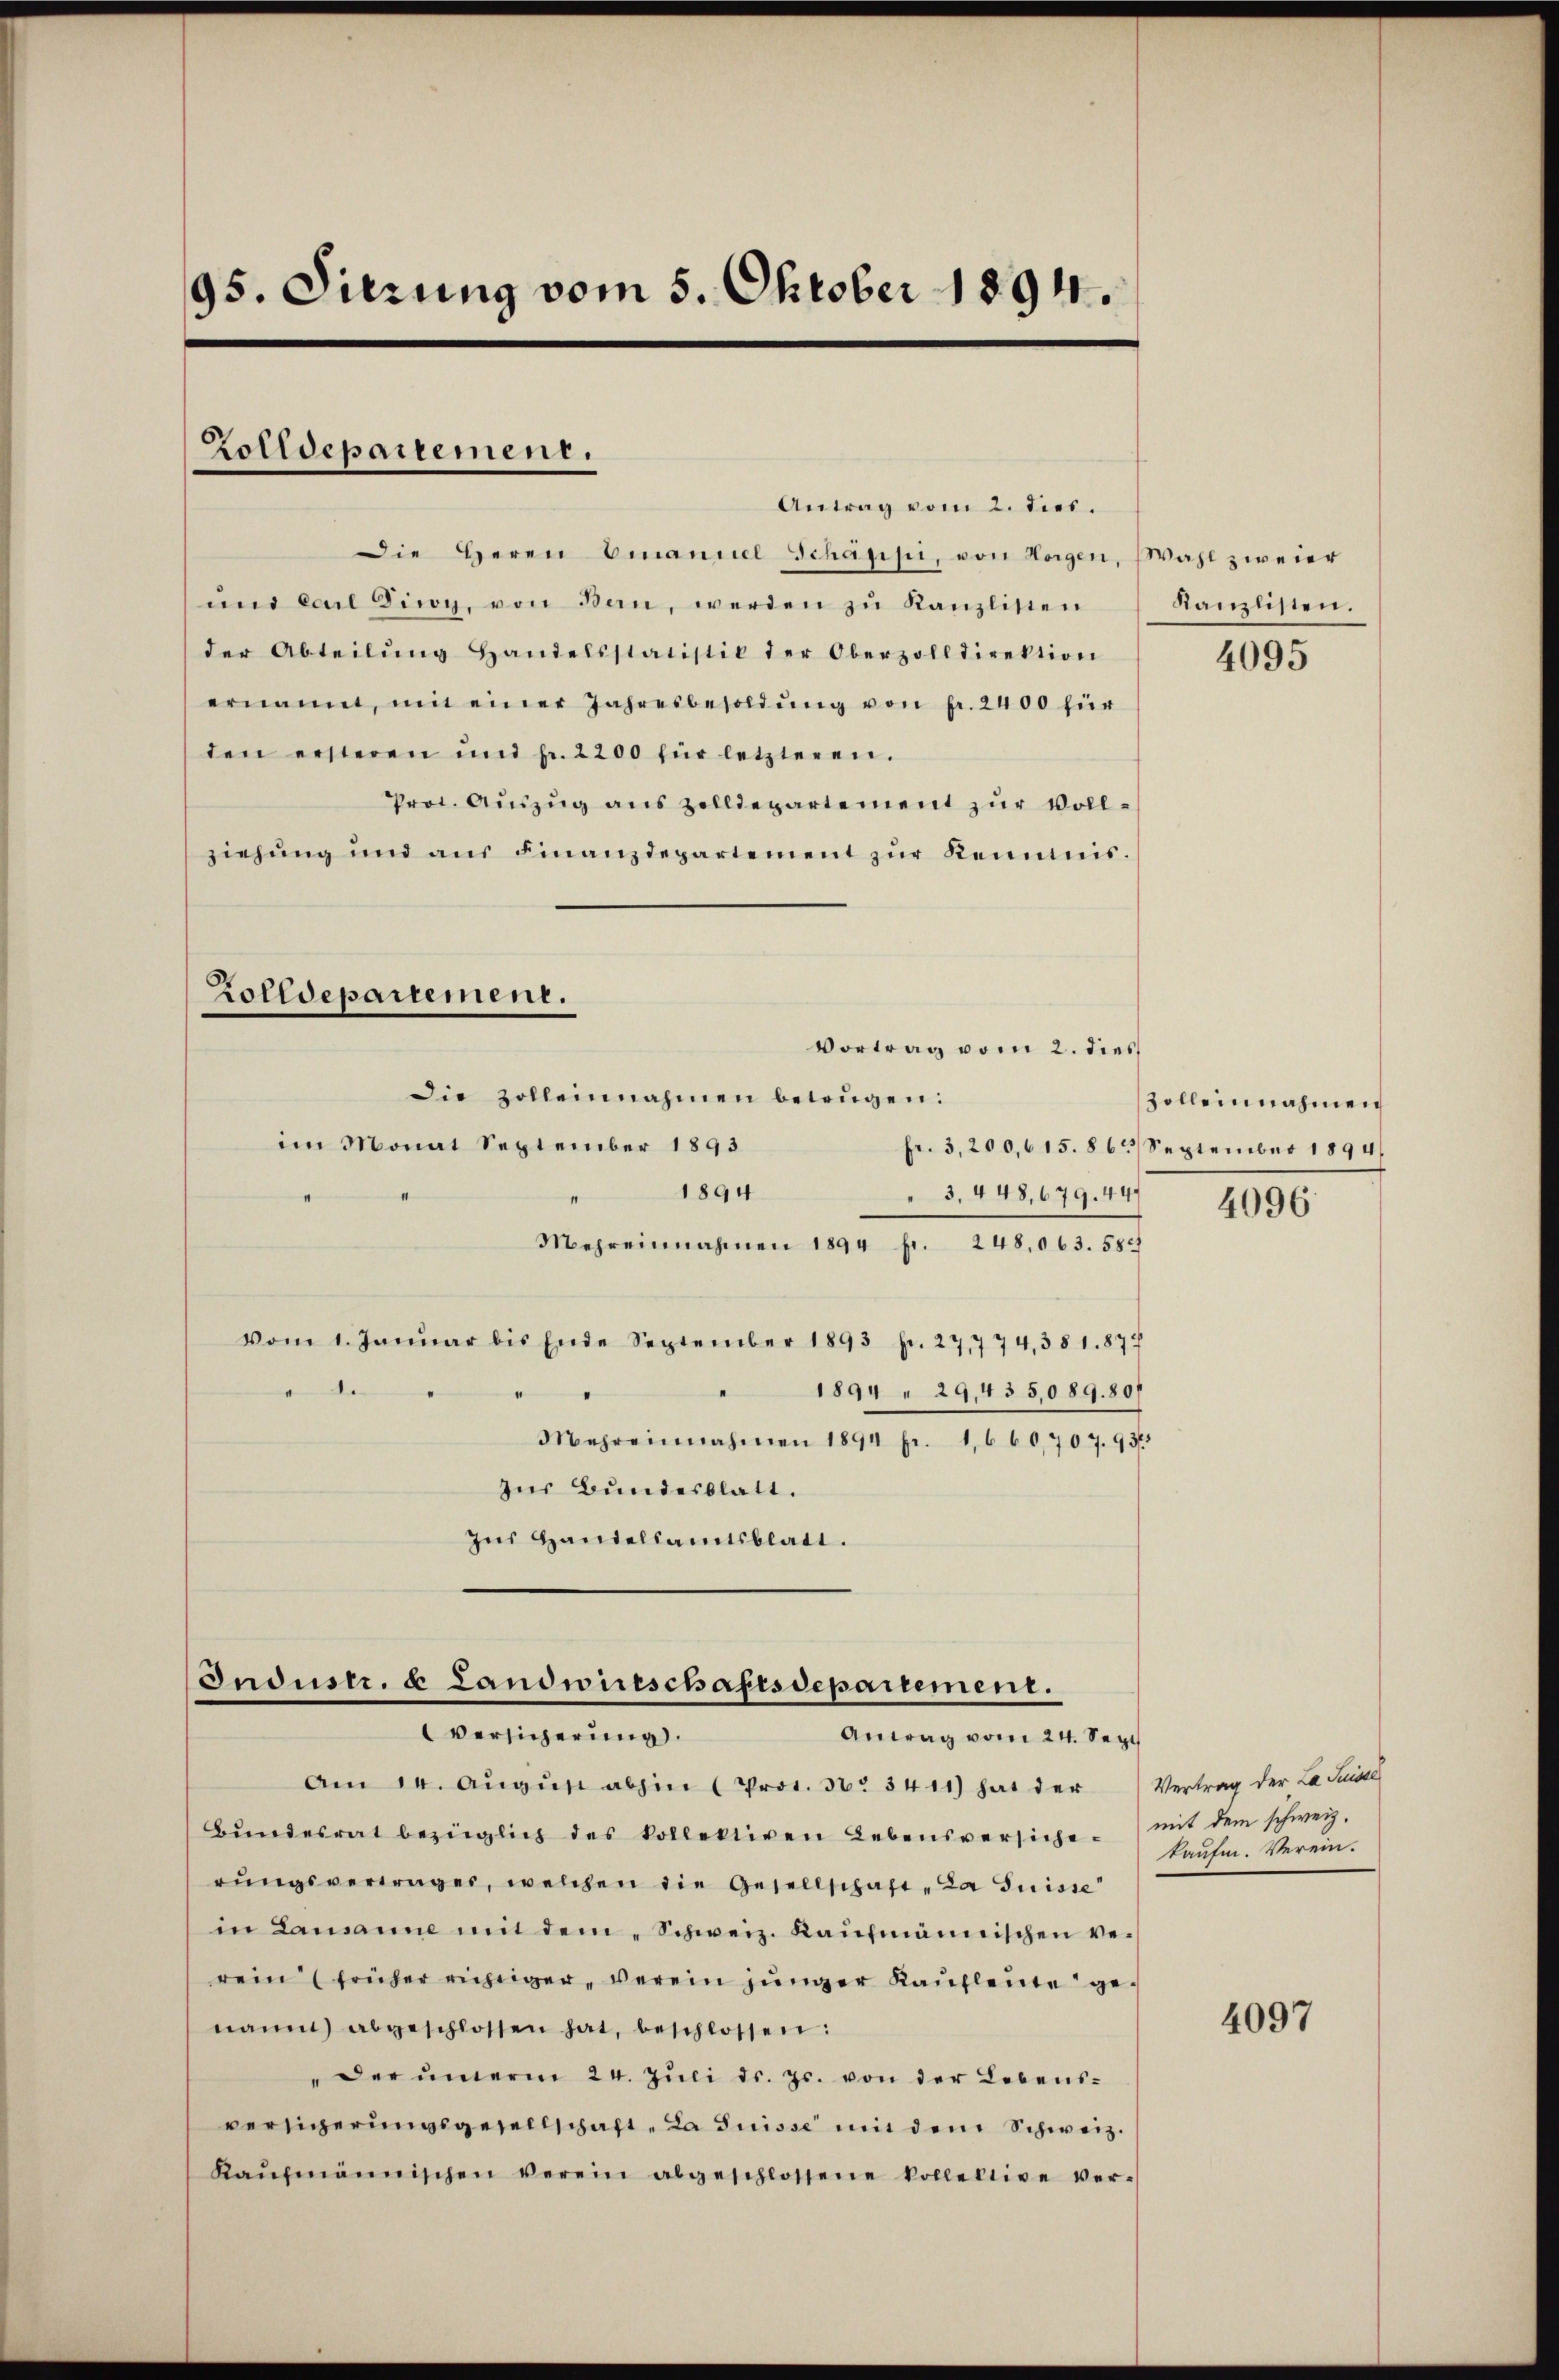
95. Sitzung vom 5. Oktober 1894.

Zolldepartement.

Antrag vom 2. dies.
Die Herrn Emanuel Schäppi, von Horgen, Wahl zweier
und Carl Diwoy, von Ban, werden zŭ Kanzlisten
der Abteilŭng Handelsstatistik der Oberzolldirektion
ernannt, mit einer Jahresbesoldŭng von pr. 2400 für
den ersteren und pr. 2200 für letzteren.
Prot. Aŭszŭg anszolldepartement zŭr Vollziehŭng und aŭs Finanzdepartement zŭr Kenntnis.
Zolldepartement.

im Monat September 1893
1894
 3. 448,679. 447
Mehreinnahmen 1894 fr. 248,063. 584
vom 1. Janŭar bis Ende September 1893 f. 27,774,381. 877
.
1894 " 29,43 5,089. 807
Mehreinnahmen 1894 pr. 1660,707. 93.
zŭr Bundesblatt.
Ins Handelsamtsblatt.

Vortrag vom 2. dies
die Zolleinnahmen betrügen:

Industr. u Landwirtschaftsdepartement.
Versicherung.
Antrag vom 24. Sept.

Am 14. Aŭgŭst abhin (Pros. S. 3411) hat der
Bŭndesrat bezüglich des kollektiven Lebensversicherŭngsvertrager, welchen die Gesellschaft „La Suisse
in Lausanne mit dem „Schweiz. Kaufmännischen ver
rein (früher richtiger, verein jünger Kaufleute genaŭm abgeschlossen hat, beschlossen:
"der unerm 24. Juli d. Js. von der Lebens-
versicherungsgesellschaft „La Suisse mit dem Schweiz.
Kaŭfmännischen verein abgeschlossene kollektive ver-

Kanzlisten.

4095

zolleinnahmen
fr. 3,200,615. 863 September 1894

4096

Vertrag der La Suiss
mit dem schweiz.
kaufen. Verein.

4097